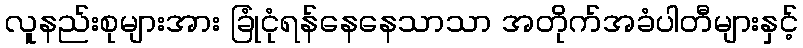
လူနည်းစုများအား ခြုံငုံရန်နေနေသာသာ အတိုက်အခံပါတီများနှင့်